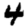
Digit: 4